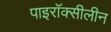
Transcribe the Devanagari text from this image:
पाइरॉक्सीलीन